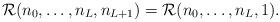
LaTeX: \begin{align*}\mathcal{R}(n_0,\dots,n_L,n_{L+1}) = \mathcal{R}(n_0,\dots,n_L,1).\end{align*}